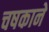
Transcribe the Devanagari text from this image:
चषकाने